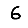
Digit: 6